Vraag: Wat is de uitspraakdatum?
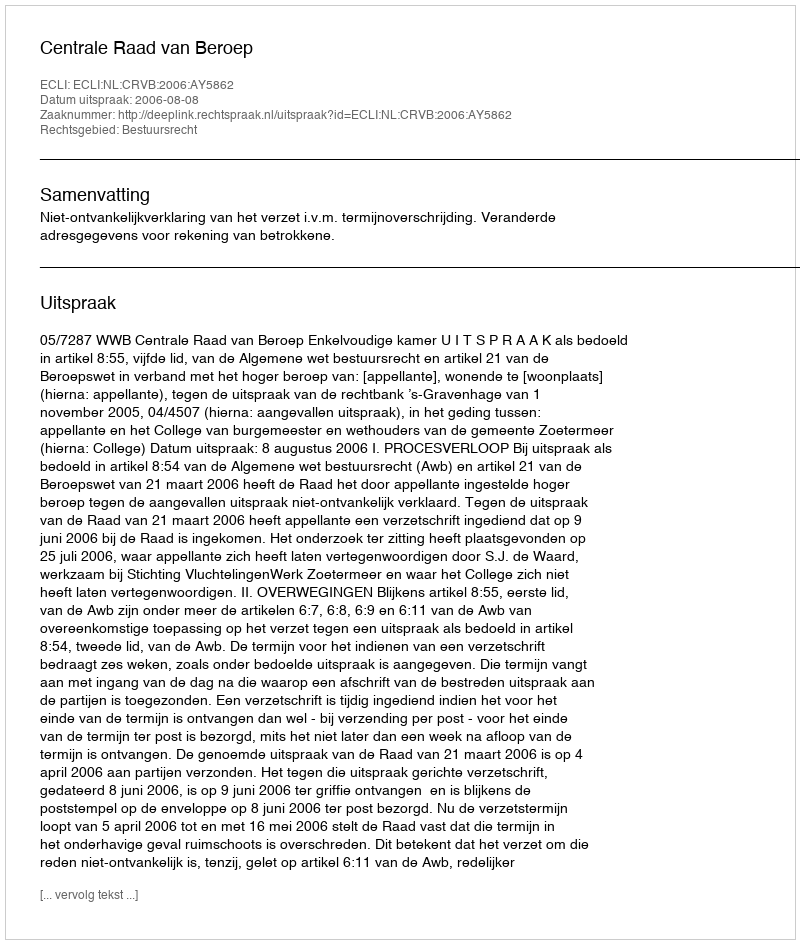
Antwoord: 2006-08-08